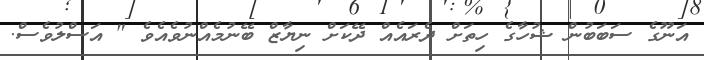
އަނޫގެ ސަބަބުން ޝުހާގެ ހިތަށް ދެރައެއް ދޭކަށް ނިޔާޒް ބޭނުމެއްނުވެއެވެ " އަސްލުވެސް.